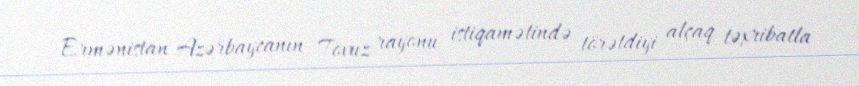
Ermənistan Azərbaycanın Tovuz rayonu istiqamətində törətdiyi alçaq təxribatla